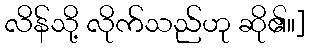
လိန်သို့ လိုက်သည်ဟု ဆို၏။]